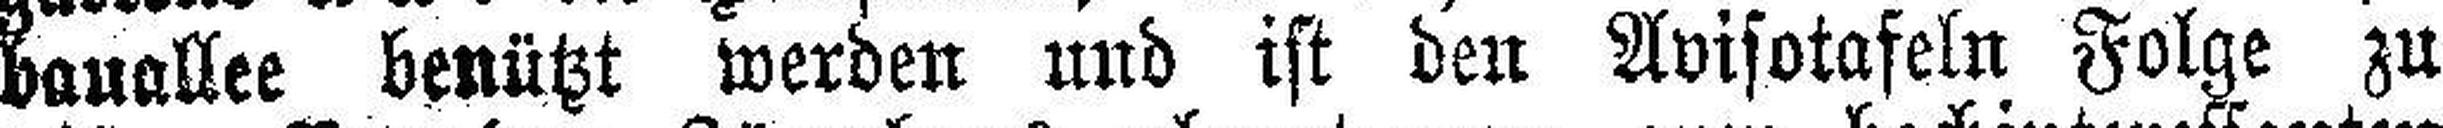
bauallee benützt werden und ist den Avisotafeln Folge zu